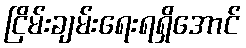
ငြိမ်းချမ်းရေးရရှိအောင်